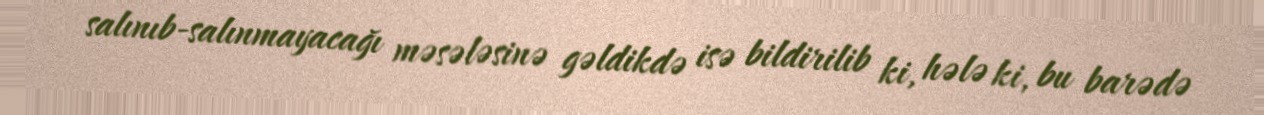
salınıb-salınmayacağı məsələsinə gəldikdə isə bildirilib ki, hələ ki, bu barədə